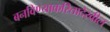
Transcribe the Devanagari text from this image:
बनविण्याकरितादेखील